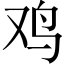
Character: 鸡